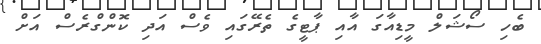
ބެހި ސޯޝަލް މީޑިއާގަ އާއި ޕާޓީގެ ތެރޭގައި ވެސް އަދި ކޮންގްރެސް އަށް